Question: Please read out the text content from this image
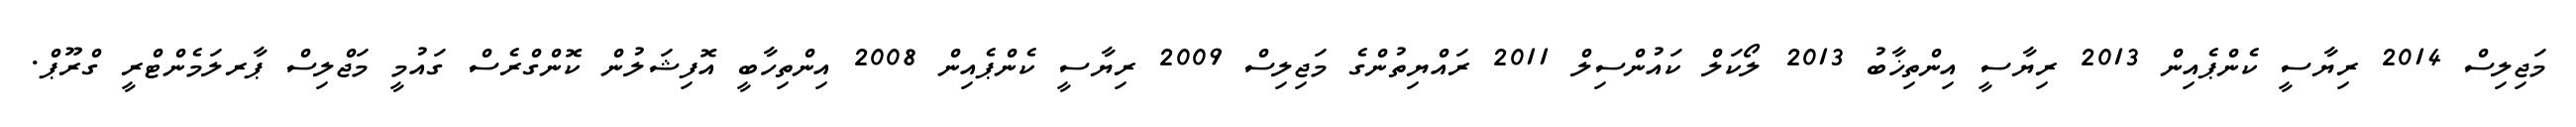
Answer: މަޖިލިސް 2014 ރިޔާސީ ކެންޕެއިން 2013 ރިޔާސީ އިންތިޚާބު 2013 ލޯކަލް ކައުންސިލް 2011 ރައްޔިތުންގެ މަޖިލިސް 2009 ރިޔާސީ ކެންޕެއިން 2008 އިންތިހާބީ އޮފިޝަލުން ކޮންގްރެސް ގައުމީ މަޖްލިސް ޕާރލަމެންޓްރީ ގްރޫޕް.